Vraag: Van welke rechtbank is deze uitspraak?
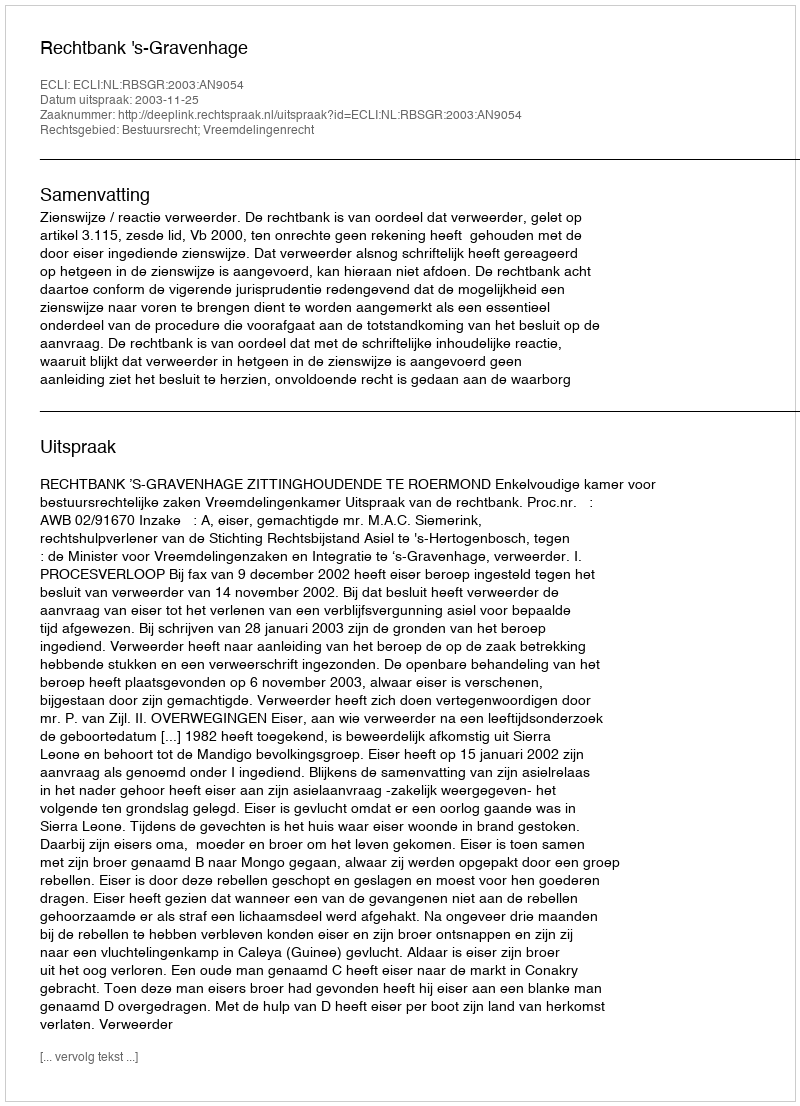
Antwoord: Rechtbank 's-Gravenhage